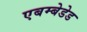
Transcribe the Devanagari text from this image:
एबम्बेडेड